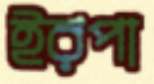
ইরপা